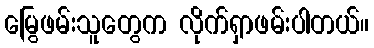
မြွေဖမ်းသူတွေက လိုက်ရှာဖမ်းပါတယ်။